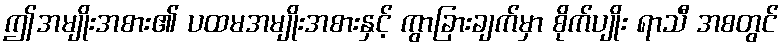
ဤအမျိုးအစား၏ ပထမအမျိုးအစားနှင့် ကွာခြားချက်မှာ စိုက်ပျိုး ရာသီ အစတွင်